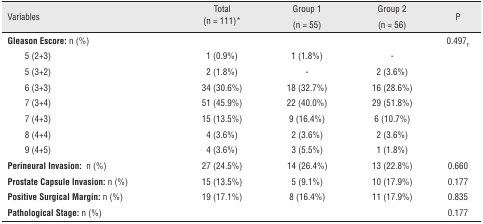
| Variables | Total (n = 111)* | Group 1 (n = 55) | Group 2 (n = 56) | P |
 | --- | --- | --- | --- | --- |
 | Gleason Escore: n (%) |  |  |  | 0.497F |
 | 5 (2+3) | 1 (0.9%) | 1 (1.8%) | - |  |
 | 5 (3+2) | 2 (1.8%) | - | 2 (3.6%) |  |
 | 6 (3+3) | 34 (30.6%) | 18 (32.7%) | 16 (28.6%) |  |
 | 7 (3+4) | 51 (45.9%) | 22 (40.0%) | 29 (51.8%) |  |
 | 7 (4+3) | 15 (13.5%) | 9 (16.4%) | 6 (10.7%) |  |
 | 8 (4+4) | 4 (3.6%) | 2 (3.6%) | 2 (3.6%) |  |
 | 9 (4+5) | 4 (3.6%) | 3 (5.5%) | 1 (1.8%) |  |
 | Perineural Invasion: n (%) | 27 (24.5%) | 14 (26.4%) | 13 (22.8%) | 0.660 |
 | Prostate Capsule Invasion: n (%) | 15 (13.5%) | 5 (9.1%) | 10 (17.9%) | 0.177 |
 | Positive Surgical Margin: n (%) | 19 (17.1%) | 8 (16.4%) | 11 (17.9%) | 0.835 |
 | Pathological Stage: n (%) |  |  |  | 0.177 |